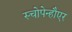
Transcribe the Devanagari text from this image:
स्चोपेन्हौएर